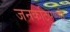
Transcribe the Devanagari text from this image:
जनकटिपण्णी